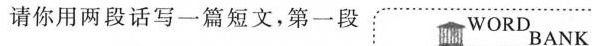
请你用两段话写一篇短文，第一段 WORLD BANK